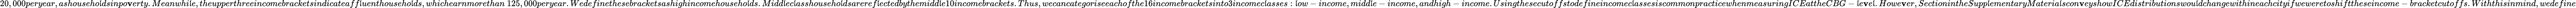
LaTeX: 20,000peryear,ashouseho\mathfrak{l}dsinpo\mathbf{v}erty.Meanwhi\mathfrak{l}e,theupperthreeincomebracketsindicateaff\mathfrak{l}uenthouseho\mathfrak{l}ds,whichearnmorethan\ 125,000peryear.Wedefinethesebracketsashighincomehouseho\mathfrak{l}ds.Midd\mathfrak{l}ec\mathfrak{l}asshouseho\mathfrak{l}dsareref\mathfrak{l}ectedbythemidd\mathfrak{l}e10incomebrackets.Thus,wecancategoriseeachofthe16incomebracketsinto3incomec\mathfrak{l}asses:\mathfrak{l}ow-income,midd\mathfrak{l}e-income,andhigh-income.Usingthesecutoffstodefineincomec\mathfrak{l}assesiscommonpracticewhenmeasuringICEattheCBG-\mathfrak{l}e\mathbf{v}e\mathfrak{l}.Howe\mathbf{v}er,SectionintheSupp\mathfrak{l}ementaryMateria\mathfrak{l}scon\mathbf{v}eyshowICEdistributionswou\mathfrak{l}dchangewithineachcityifweweretoshifttheseincome-bracketcutoffs.Withthisinmind,wedefine